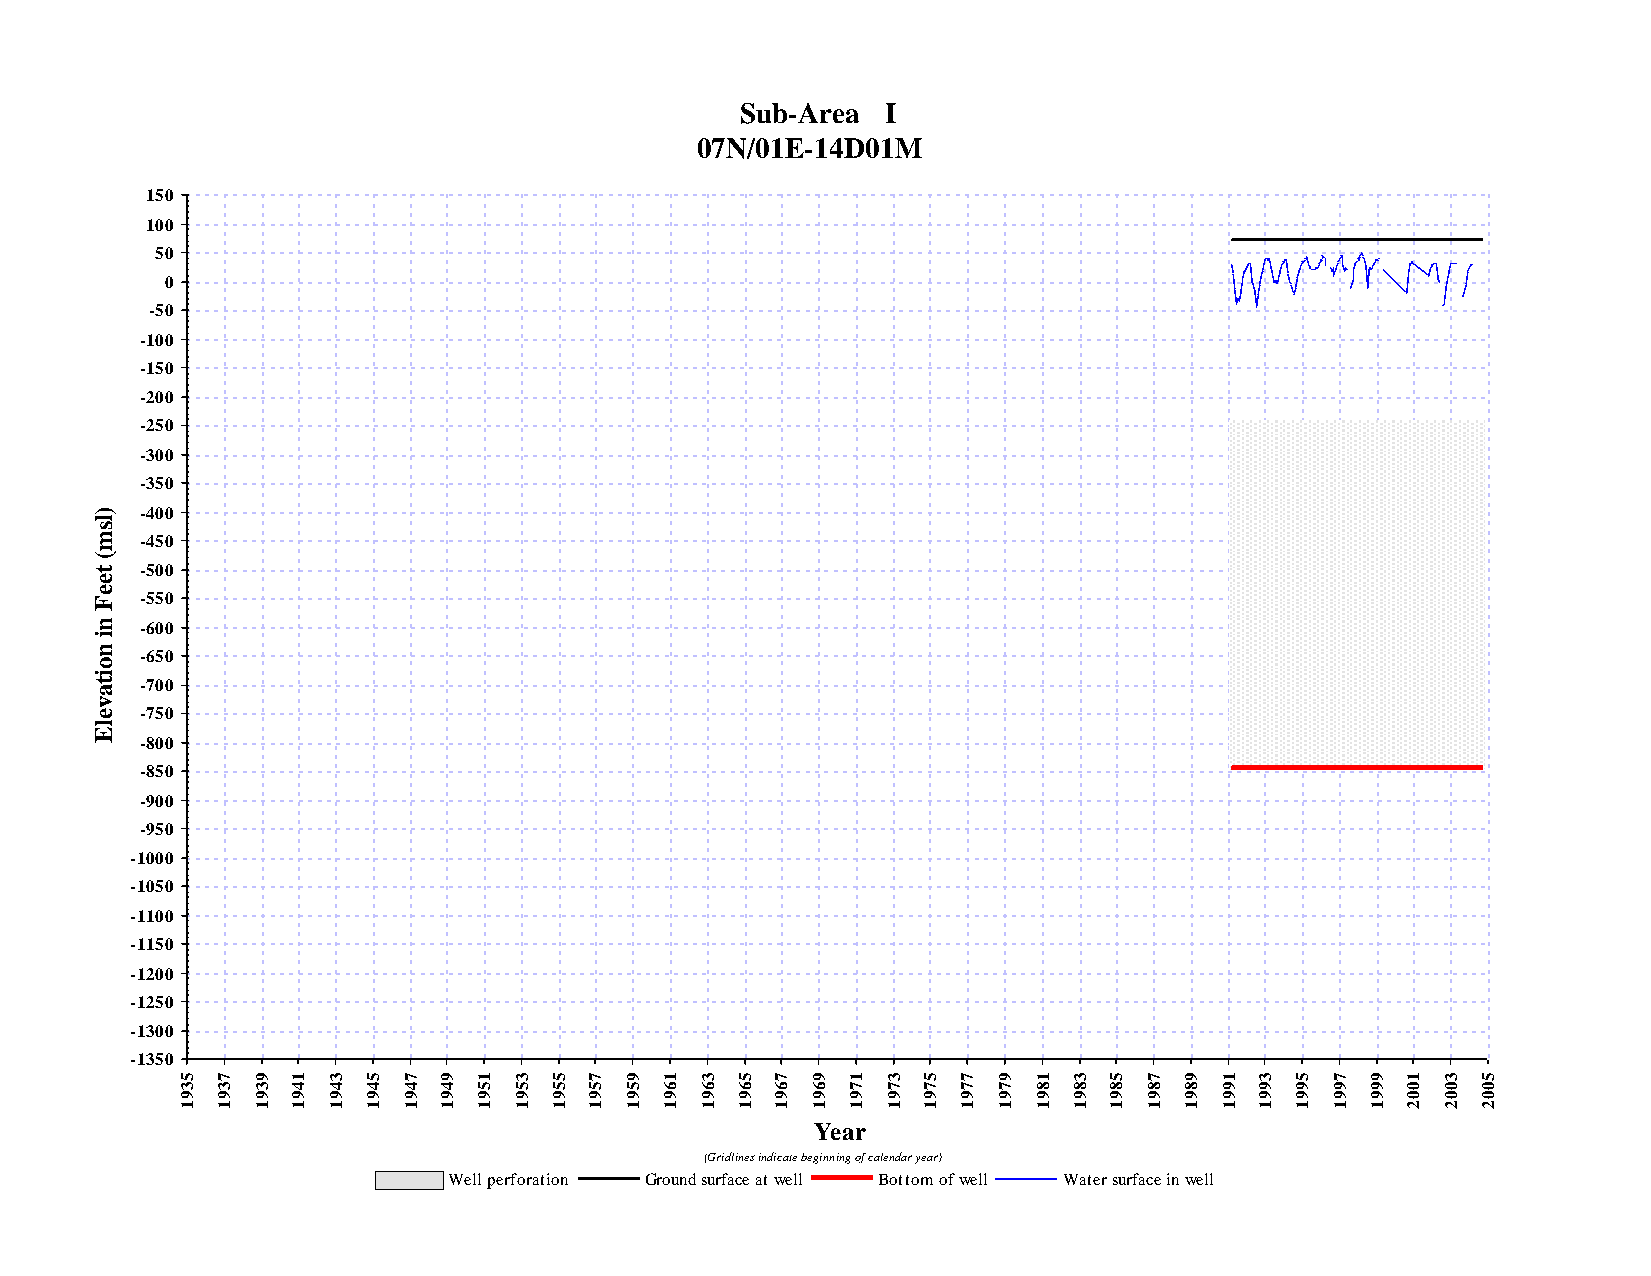
Sub-Area  I
 07N/01E-14D01M
 150
 100
 50
 0
 -50
 -100
 -150
 -200
 -250
 -300
 -350
 )  -400
 l
 s
 m  -450
 (
 t  -500
 e
 e
 F  -550
 n  -600
 i
 n  -650
 o
 i
 t a -700
 v
 e  -750
 l
 E
 -800
 -850
 -900
 -950
 -1000
 -1050
 -1100
 -1150
 -1200
 -1250
 -1300
 -1350
 5 7  9 1  3 5  7 9  1 3  5 7 9  1 3  5 7  9 1  3 5  7 9 1  3 5  7 9  1 3  5 7  9 1  3 5
 3 3  3 4  4 4  4 4  5 5  5 5 5  6 6  6 6  6 7  7 7  7 7 8  8 8  8 8  9 9  9 9  9 0  0 0
 9 9  9 9  9 9  9 9  9 9  9 9 9  9 9  9 9  9 9  9 9  9 9 9  9 9  9 9  9 9  9 9  9 0  0 0
 1 1  1 1  1 1  1 1  1 1  1 1 1  1 1  1 1  1 1  1 1  1 1 1  1 1  1 1  1 1  1 1  1 2  2 2
 Year
 (Gridlines indicate beginning of calendar year)
 Well perforation Ground surface at well Bottom of well Water surface in well